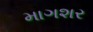
માગશર